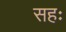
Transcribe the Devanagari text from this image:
सहः